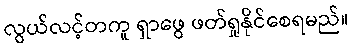
လွယ်လင့်တကူ ရှာဖွေ ဖတ်ရှုနိုင်စေရမည်။